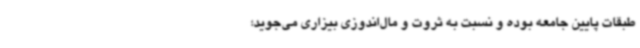
طبقات پایین جامعه بوده و نسبت به ثروت و مال‌اندوزی بیزاری می‌جوید؛